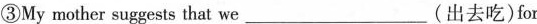
③My mother suggests that we_(出去吃)for